255_413270_UFO's_and_Defense_What_Should_we_Prepare_For
Agency: NASA
Page 34
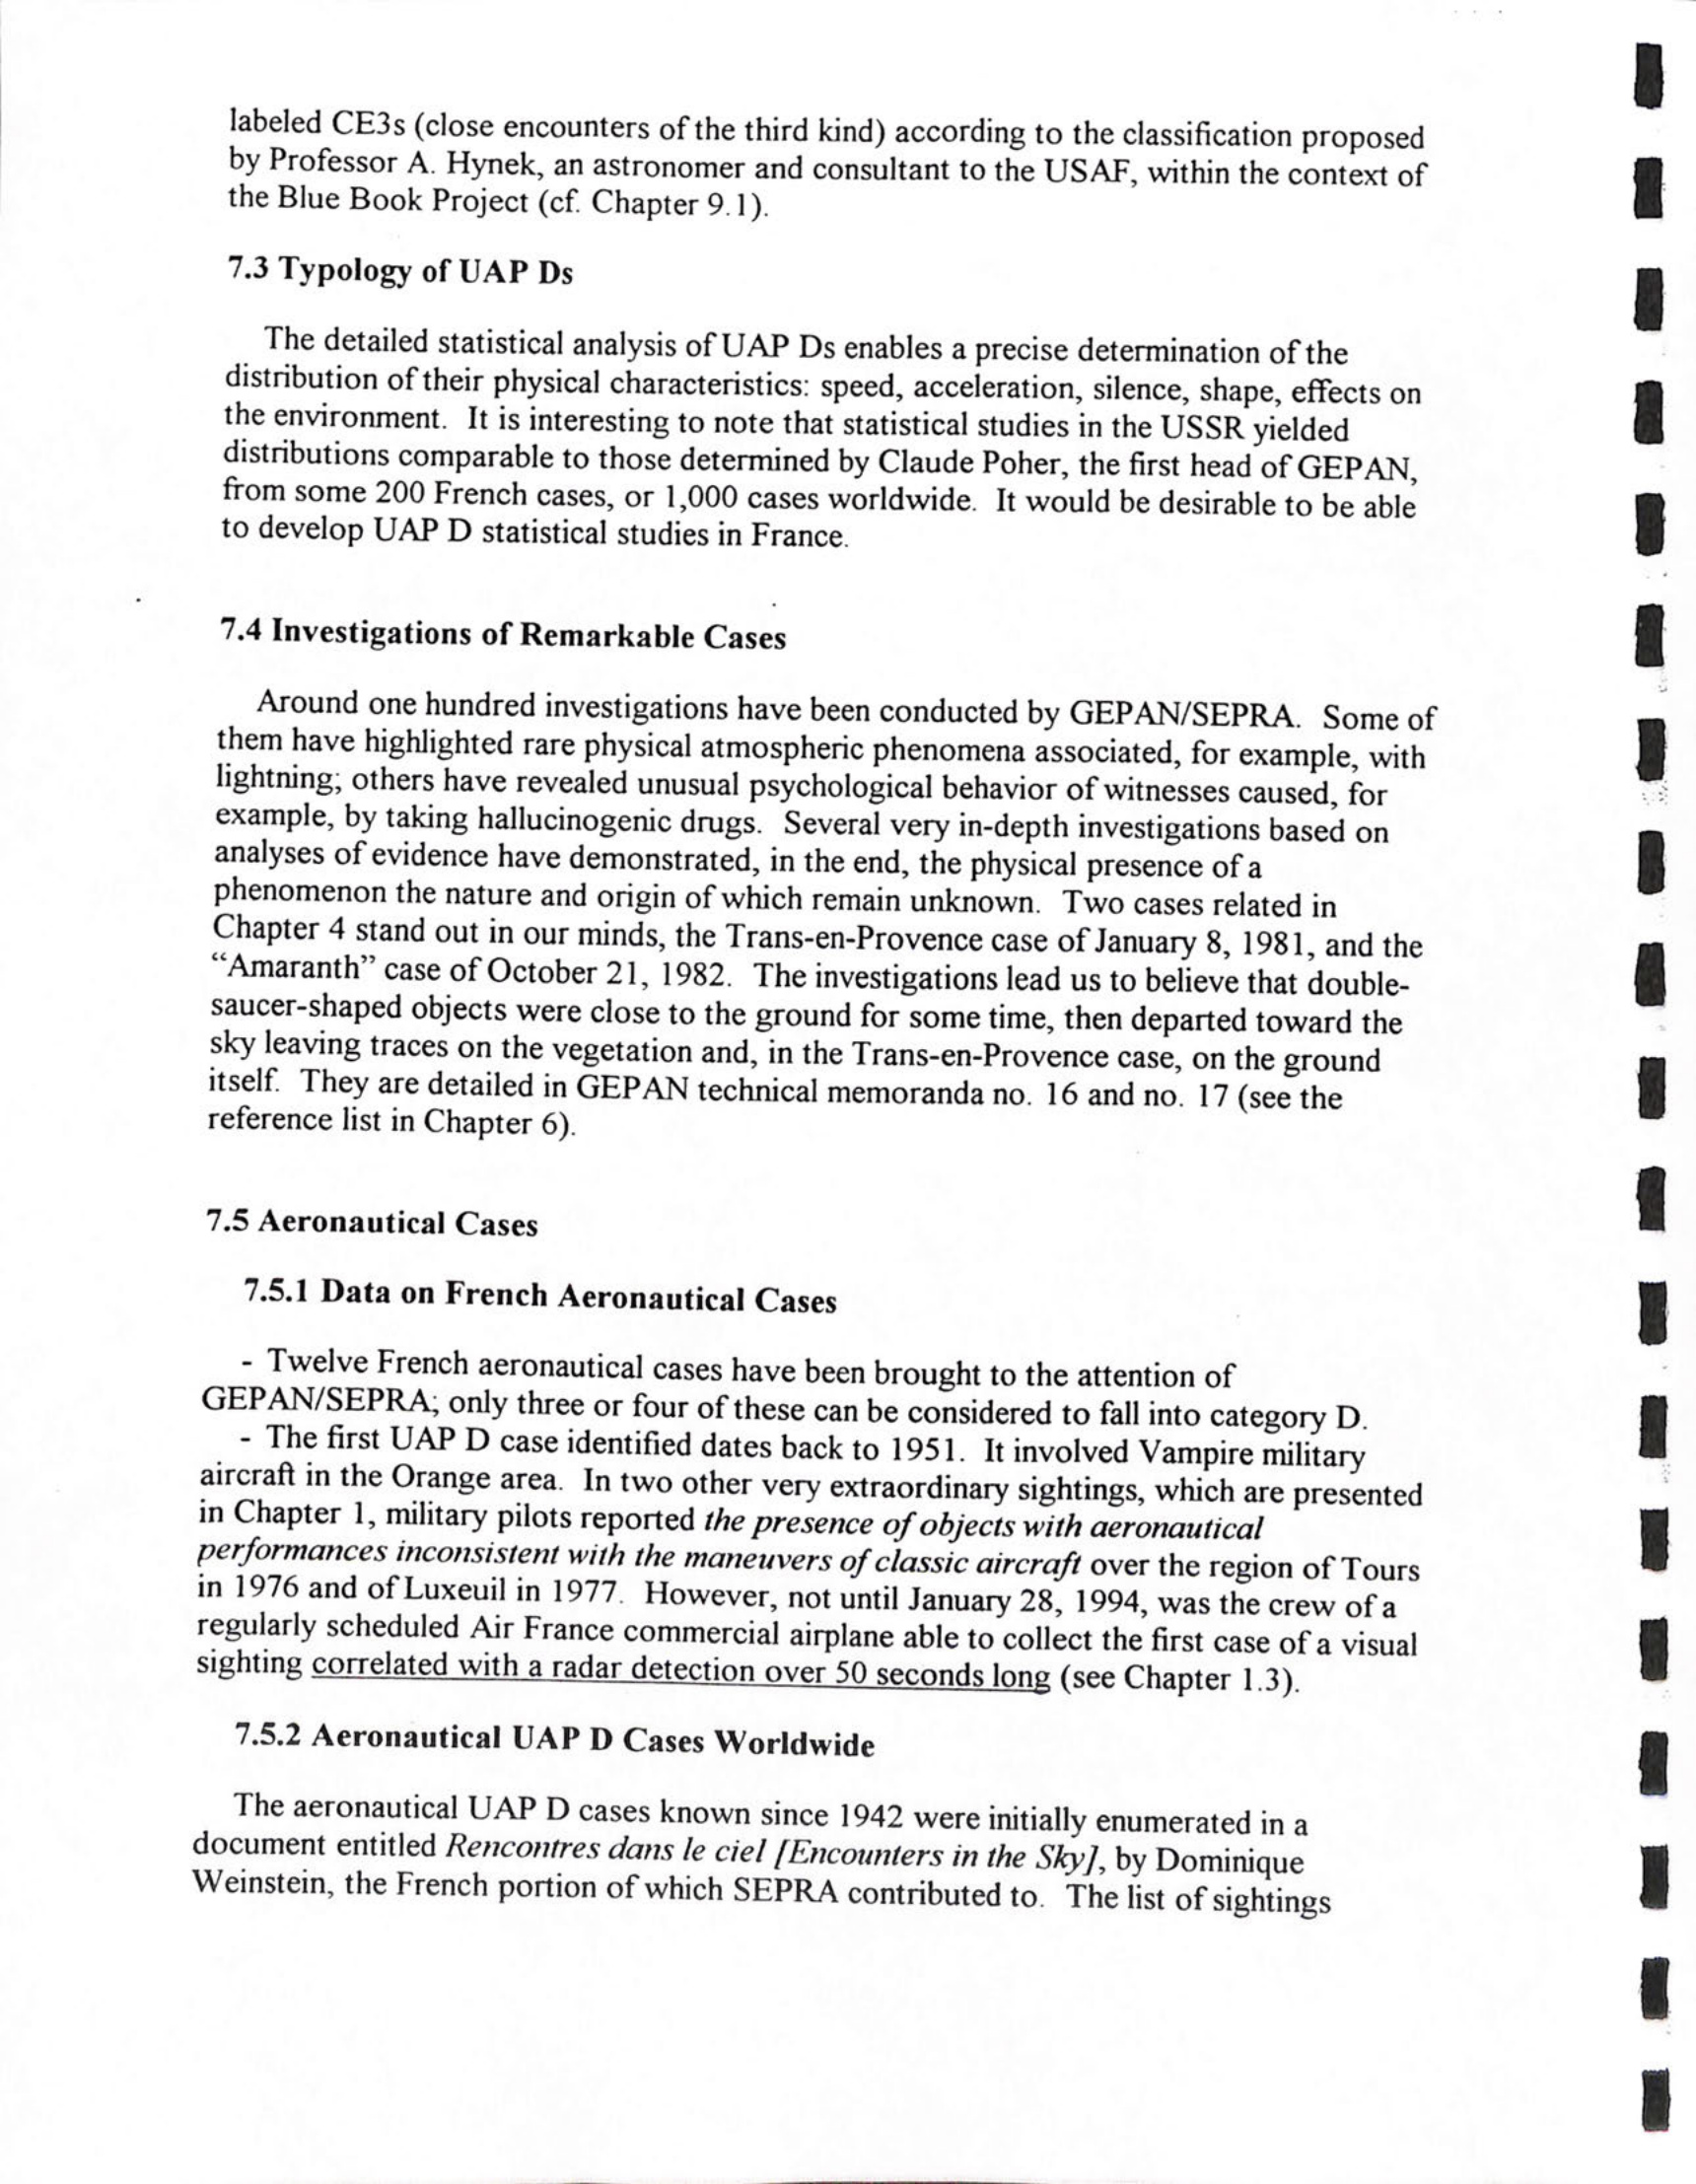